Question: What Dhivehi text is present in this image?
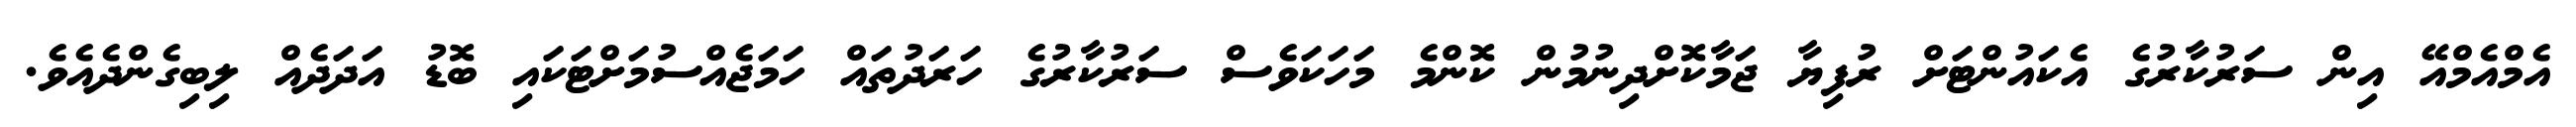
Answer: އެމްއެމްއޭ އިން ސަރުކާރުގެ އެކައުންޓަށް ރުފިޔާ ޖަމާކޮށްދިނުމުން ކޮންމެ މަހަކަވެސް ސަރުކާރުގެ ހަރަދުތައް ހަމަޖެއްސުމަށްޓަކައި ބޮޑު އަދަދެއް ލިބިގެންދެއެވެ.